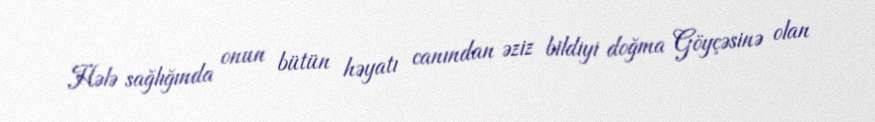
Hələ sağlığında onun bütün həyatı canından əziz bildiyi doğma Göyçəsinə olan